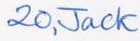
20,Jack